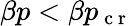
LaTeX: \beta p<\beta p_{\mathrm{~c~r~}}